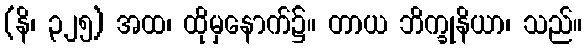
(နိ၊ ၃၂၅) အထ၊ ထိုမှနောက်၌။ တာယ ဘိက္ခုနိယာ၊ သည်။